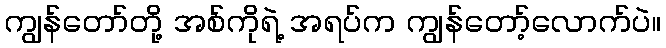
ကျွန်တော်တို့ အစ်ကိုရဲ့ အရပ်က ကျွန်တော့်လောက်ပဲ။